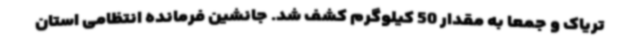
تریاک و جمعا به مقدار 50 کیلوگرم کشف شد. جانشین فرمانده انتظامی استان